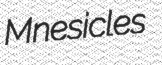
Mnesicles